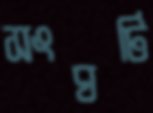
সংঘটি